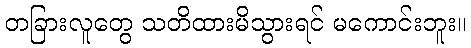
တခြားလူတွေ သတိထားမိသွားရင် မကောင်းဘူး။